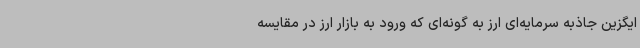
ایگزین جاذبه سرمایه‌ای ارز به گونه‌ای که ورود به بازار ارز در مقایسه